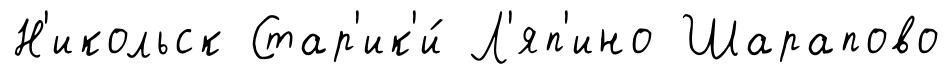
Н'икольск Стар'ик'и́ Л'яп'ино Шарапово